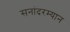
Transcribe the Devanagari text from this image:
सनांदरम्यान